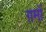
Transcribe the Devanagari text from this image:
ग़मों